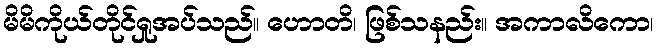
မိမိကိုယ်တိုင်ရှုအပ်သည်။ ဟောတိ၊ ဖြစ်သနည်း။ အကာလိကော၊